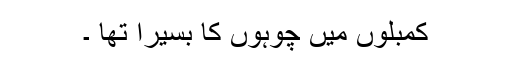
کمبلوں میں چوہوں کا بسیرا تھا ۔